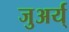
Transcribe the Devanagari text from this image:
जुअर्य्